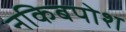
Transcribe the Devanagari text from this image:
नकिबपोश